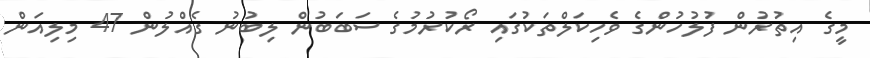
މީގެ އިތުރުން ފުލުހުންގެ ވެހިކަލްތަކުގައި ރޯކުރުމުގެ ސަބަބުން ލިބުނު ގެއްލުން 47 މިލިއަން